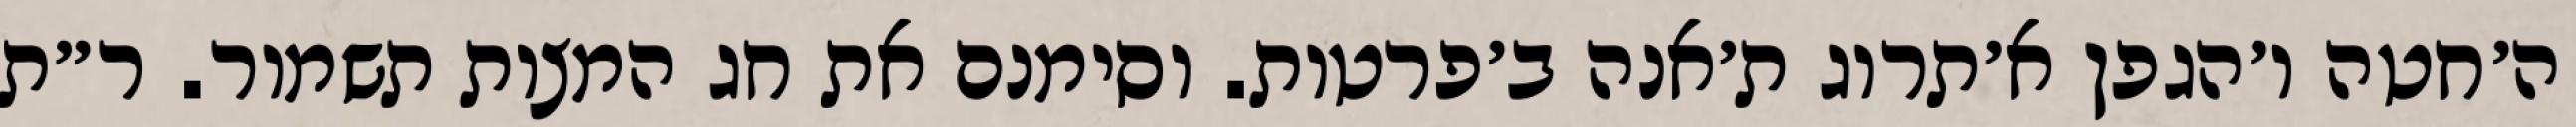
ה׳חטה ו׳הגפן א׳תרוג ת׳אנה ב׳פרטות. וסימנם את חג המצות תשמור. ר״ת